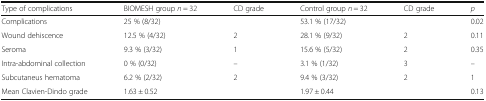
| Type of complications | BIOMESH group n = 32 | CD grade | Control group n = 32 | CD grade | p |
 | --- | --- | --- | --- | --- | --- |
 | Complications | 25 % (8/32) |  | 53.1 % (17/32) |  | 0.02 |
 | Wound dehiscence | 12.5 % (4/32) | 2 | 28.1 % (9/32) | 2 | 0.11 |
 | Seroma | 9.3 % (3/32) | 1 | 15.6 % (5/32) | 2 | 0.35 |
 | Intra-abdominal collection | 0 % (0/32) | – | 3.1 % (1/32) | 3 | – |
 | Subcutaneus hematoma | 6.2 % (2/32) | 2 | 9.4 % (3/32) | 2 | 1 |
 | Mean Clavien-Dindo grade | 1.63 ± 0.52 |  | 1.97 ± 0.44 |  | 0.13 |